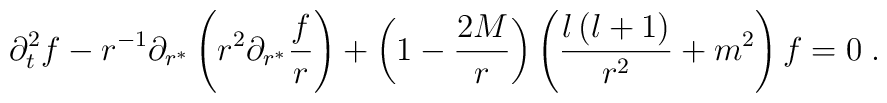
\partial_t^2f-r^{-1}\partial_{r^*}\left(r^2\partial_{r^*}{f\over r}\right)+\left(1-{2M\over r}\right)\left(\frac{l\left(l+1\right)}{r^2}+m^2\right)f=0\;.